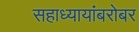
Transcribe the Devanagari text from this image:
सहाध्यायांबरोबर